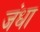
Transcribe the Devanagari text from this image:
जंधा